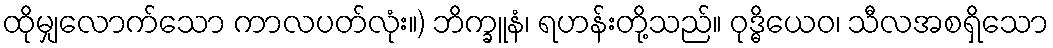
ထိုမျှလောက်သော ကာလပတ်လုံး။) ဘိက္ခူနံ၊ ရဟန်းတို့သည်။ ဝုဒ္ဓိယေဝ၊ သီလအစရှိသော